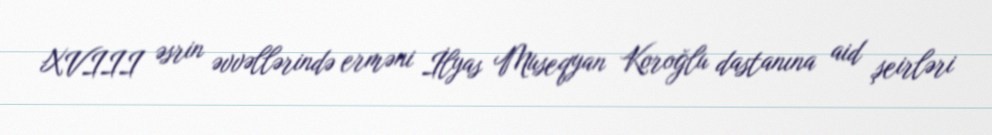
XVIII əsrin əvvəllərində erməni İlyas Museqyan Koroğlu dastanına aid şeirləri